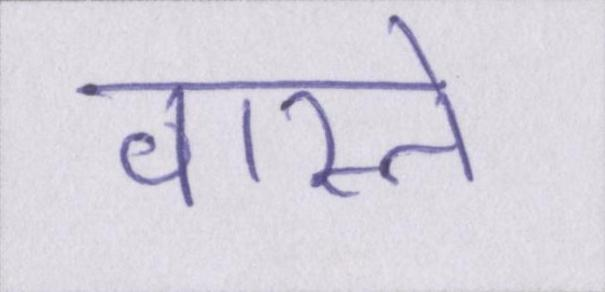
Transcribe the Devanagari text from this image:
वास्ते